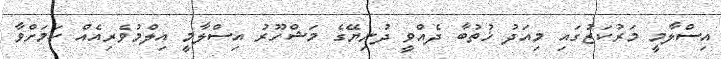
އިސްލާމީ މަރުކަޒުގައި މިއަދު ޚުތުބާ ދެއްވީ ދުނިޔޭގެ މަޝްހޫރު އިސްލާމީ އިލްމުވެރިއެއް ކަމަށްވާ